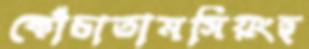
কোঁচাতামসিয়ংহু